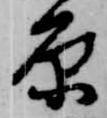
原